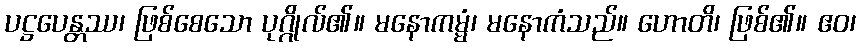
ပဋ္ဌပေန္တဿ၊ ဖြစ်စေသော ပုဂ္ဂိုလ်၏။ မနောကမ္မံ၊ မနောကံသည်။ ဟောတိ၊ ဖြစ်၏။ ဧဝ၊